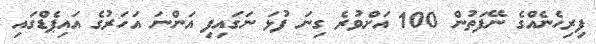
ފިރިހެނެއްގެ ނޭފަތުން 100 އަށްވުރެ ގިނަ ފުޅަ ނަގައިފި އަންނަ އަހަރުގެ އައިޕެޑްގައި